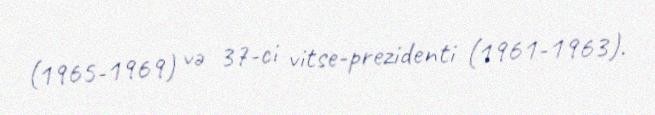
(1965-1969) və 37-ci vitse-prezidenti (1961-1963).